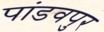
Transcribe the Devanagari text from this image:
पांडवपुर